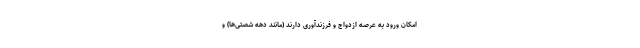
امکان ورود به عرصه ازدواج و فرزندآوری دارند (مانند دهه شصتی‌ها) و